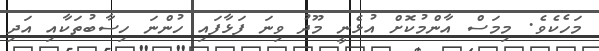
މަހެކެވެ. މިމަސް އާންމުކޮށް އުޅެނީ މޫދު ވިނަ ފަޅާފައި ހުންނަ ހިސާބުތަކާއި އަދި